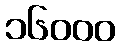
၁၆၀၀၀